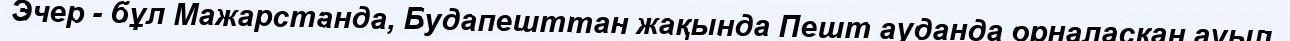
Эчер - бұл Мажарстанда, Будапешттан жақында Пешт ауданда орналасқан ауыл.